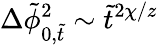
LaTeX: \Delta\tilde{\phi}_{0,\tilde{t}}^{2}\sim\tilde{t}^{2\chi/z}